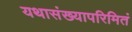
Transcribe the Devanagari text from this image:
यथासंख्यापरिमितं